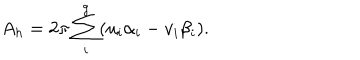
A _ { h } = 2 \pi \sum _ { i } ^ { g } ( u _ { i } \alpha _ { i } - v _ { i } \beta _ { i } ) .